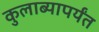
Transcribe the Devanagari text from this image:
कुलाब्यापर्यंत